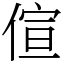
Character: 𠊿